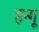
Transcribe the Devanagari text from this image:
हन्गू